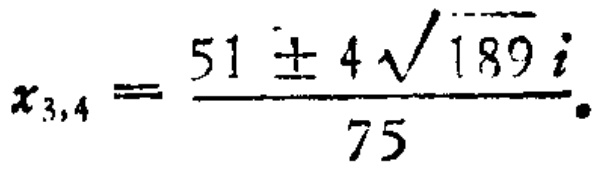
\(x_{3,4}=\frac{51\pm4\sqrt{189}i}{75}\)